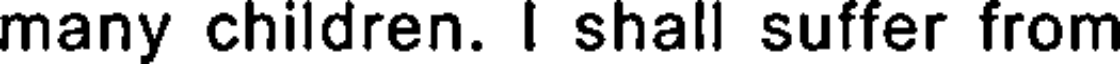
many children. I shall suffer from